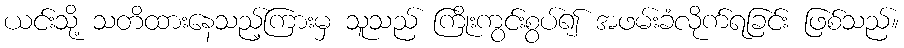
ယင်းသို့ သတိထားနေသည့်ကြားမှ သူသည် ကြိုးကွင်းစွပ်၍ အဖမ်းခံလိုက်ရခြင်း ဖြစ်သည်။